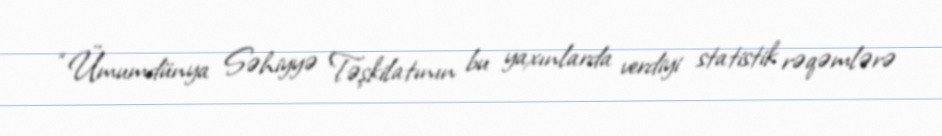
“Ümumdünya Səhiyyə Təşkilatının bu yaxınlarda verdiyi statistik rəqəmlərə